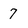
Character: 7